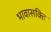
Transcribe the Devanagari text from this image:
भावासक्ति